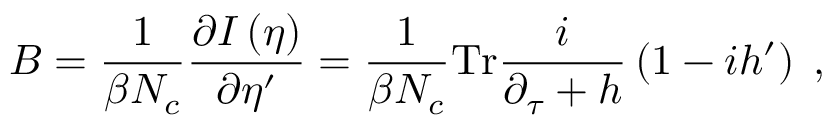
B = \frac { 1 } { \beta N _ { c } } \frac { \partial I \left( \eta \right) } { \partial \eta ^ { \prime } } = \frac { 1 } { \beta N _ { c } } \mathrm { T r } \frac { i } { \partial _ { \tau } + h } \left( 1 - i h ^ { \prime } \right) \; ,